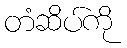
တံဆိပ်ကို